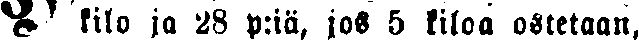
# kilo ja 28 p:iä, jos 5 kiloa ostetaan,